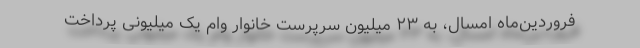
فروردین‌ماه امسال، به ۲۳ میلیون سرپرست خانوار وام یک میلیونی پرداخت